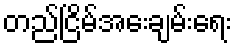
တည်ငြိမ်အေးချမ်းရေး